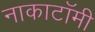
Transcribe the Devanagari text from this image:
नाकाटॉमी